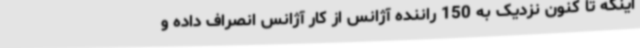
اینکه تا کنون نزدیک به 150 راننده آژانس از کار آژانس انصراف داده و